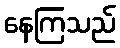
နေကြသည်